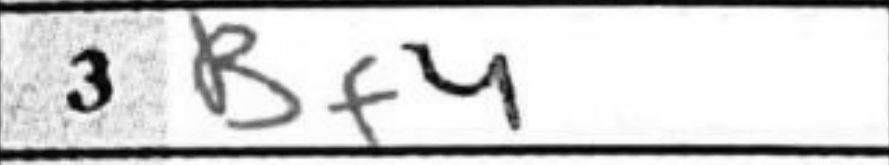
Transcription: Bf4